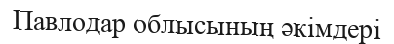
Павлодар облысының әкімдері